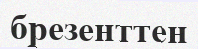
брезенттен